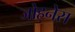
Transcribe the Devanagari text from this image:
जोहनेस